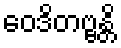
ဝေဒိတဗ္ဗန္တိ